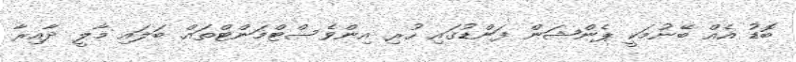
ބޮޑު އެއް ބޭނުމަކީ ޕެންޝަން ފަންޑުގައި ހުރި އިންވެސްޓްމަންޓްތައް ބަލައި މާލީ ދާއިރާ